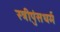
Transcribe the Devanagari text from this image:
स्त्रीपुंसधर्म